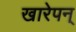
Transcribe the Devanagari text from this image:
खारेपन्